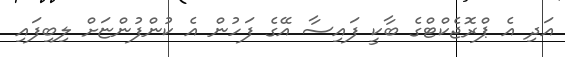
އަދި އެ ޕްރޮޖެކްޓްގެ ބާކީ ފައިސާ އޭގެ ފަހުން އެ ކުންފުންޏަށް ލިބިފައި